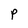
Character: p